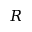
R